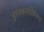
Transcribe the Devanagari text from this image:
पुस्तकमालिकेतल्या